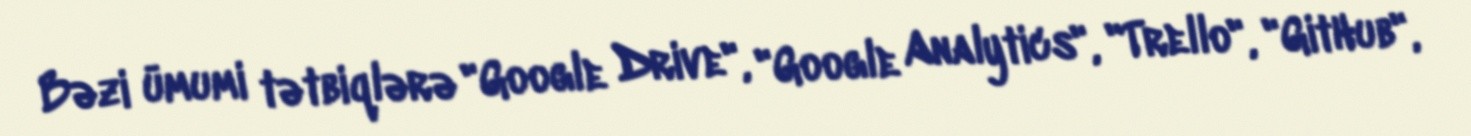
Bəzi ümumi tətbiqlərə "Google Drive", "Google Analytics", "Trello", "GitHub",